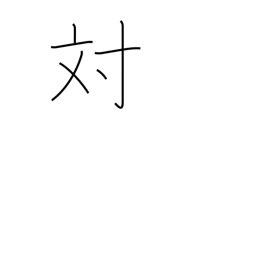
Meaning: opposite